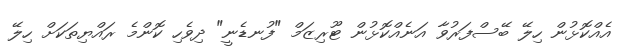
އެއްކޮޅުން ހިލޭ ބޭސްފަރުވާ އަނެއްކޮޅުން ޓޫރިޒަމް "ފުނޑެނީ" ދިވެހި ކޮންމެ ރައްޔިތަކަށް ހިލޭ